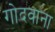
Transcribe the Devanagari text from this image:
गोदवाना